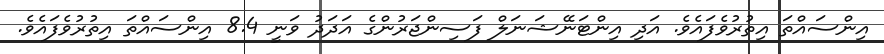
އިންސައްތަ އިތުރުވެފައެވެ. އަދި އިންޓަނޭޝަނަލް ފަސިންޖަރުންގެ އަދަދު ވަނީ 8.4 އިންސައްތަ އިތުރުވެފައެވެ.